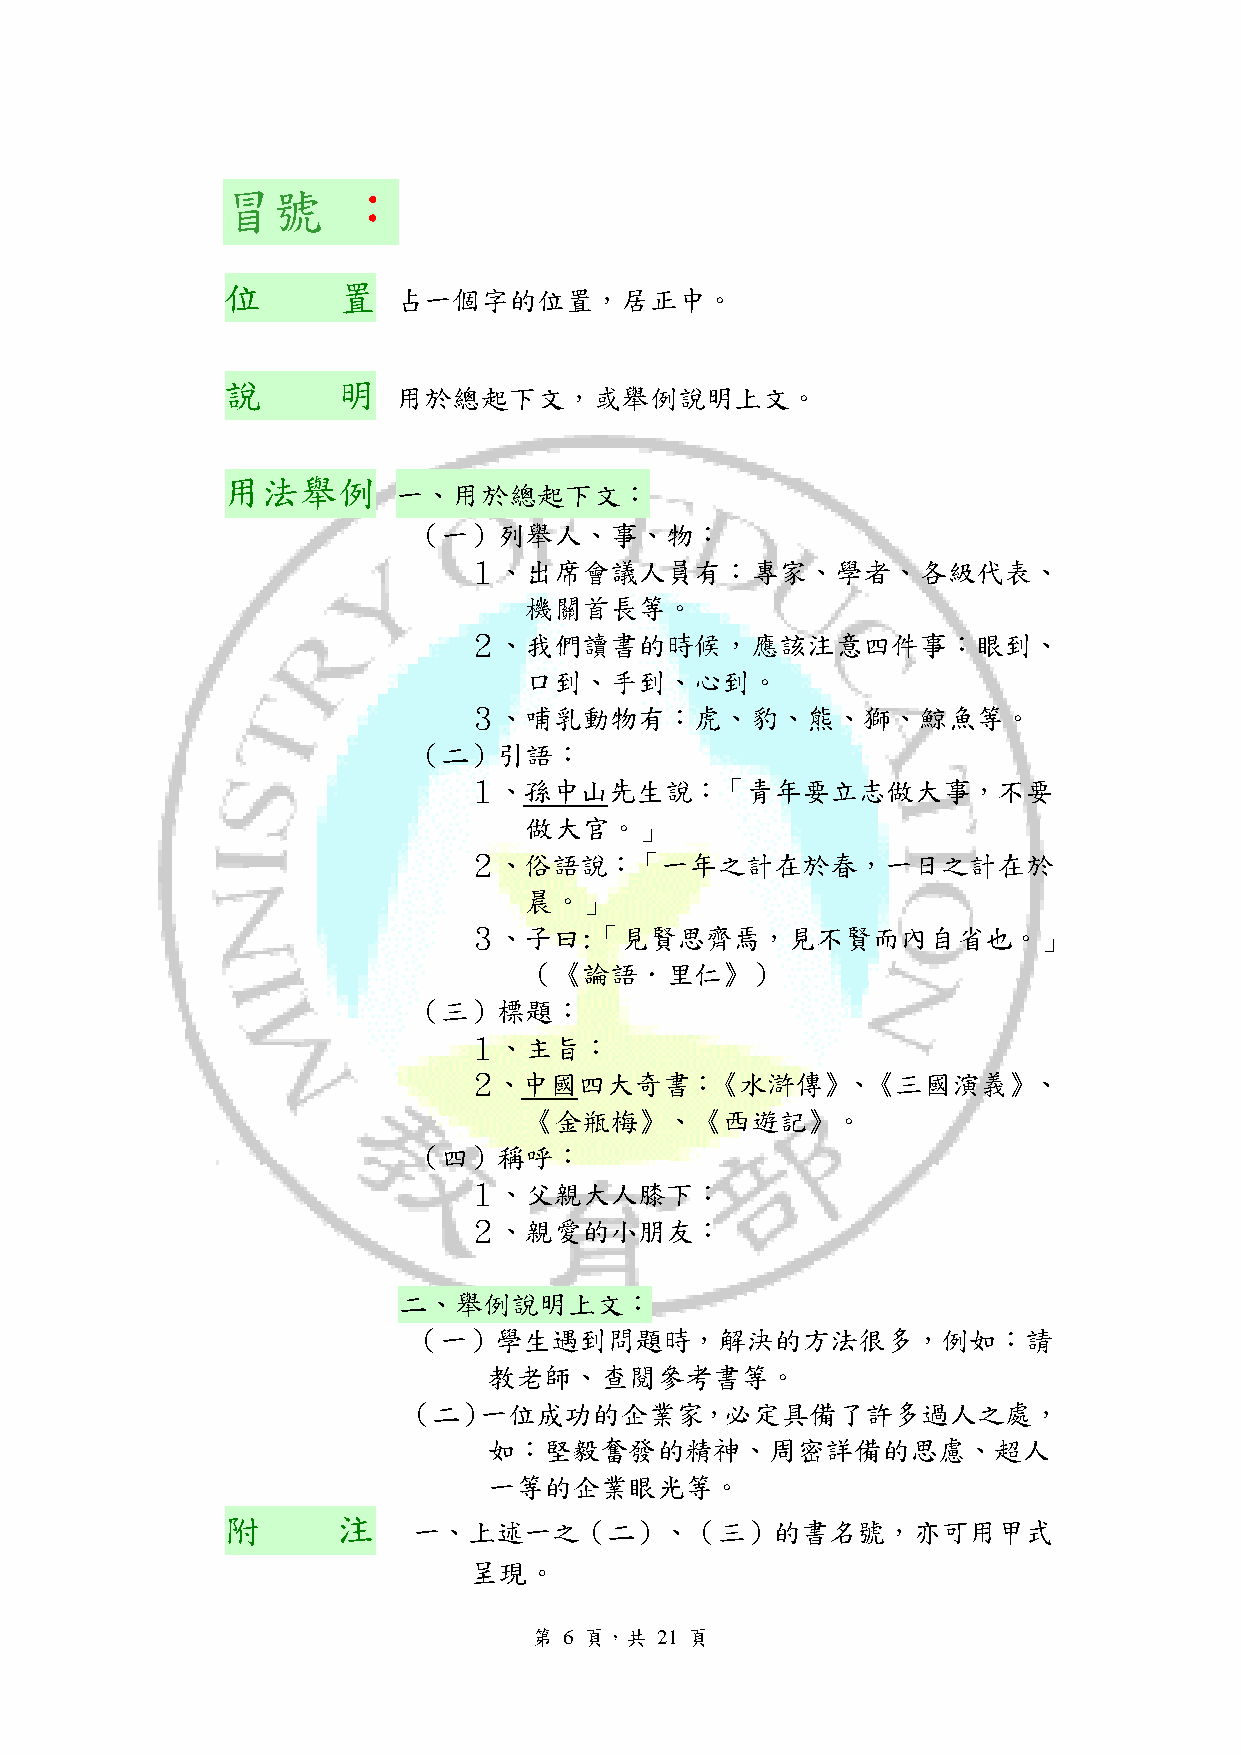
冒號      ：
 位      置
 占一個字的位置，居正中。
 說      明
 用於總起下文，或舉例說明上文。
 用法舉例
 一、用於總起下文：
 （一）列舉人、事、物：
 １、出席會議人員有：專家、學者、各級代表、
 機關首長等。
 ２、我們讀書的時候，應該注意四件事：眼到、
 口到、手到、心到。
 ３、哺乳動物有：虎、豹、熊、獅、鯨魚等。
 （二）引語：
 １、孫中山先生說：「青年要立志做大事，不要
 做大官。」
 ２、俗語說：「一年之計在於春，一日之計在於
 晨。」
 ３、子曰:「見賢思齊焉，見不賢而內自省也。」
 （《論語．里仁》）
 （三）標題：
 １、主旨：
 ２、中國四大奇書：《水滸傳》、《三國演義》、
 《金瓶梅》、《西遊記》。
 （四）稱呼：
 １、父親大人膝下：
 ２、親愛的小朋友：
 二、舉例說明上文：
 （一）學生遇到問題時，解決的方法很多，例如：請
 教老師、查閱參考書等。
 （二）一位成功的企業家，必定具備了許多過人之處，
 如：堅毅奮發的精神、周密詳備的思慮、超人
 一等的企業眼光等。
 附      注
 一、上述一之（二）、（三）的書名號，亦可用甲式
 呈現。
 第 6 頁，共 21 頁